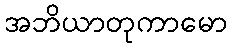
အဘိယာတုကာမော